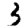
Digit: 3